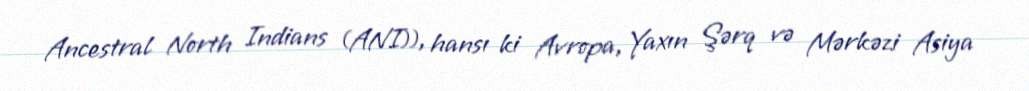
Ancestral North Indians (ANI)), hansı ki Avropa, Yaxın Şərq və Mərkəzi Asiya